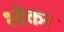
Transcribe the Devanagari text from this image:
श्वेकर